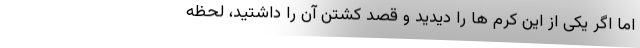
اما اگر یکی از این کرم‌ ها را دیدید و قصد کشتن آن را داشتید، لحظه‌